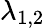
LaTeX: \lambda_{1,2}